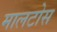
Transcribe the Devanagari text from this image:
मालटोस